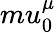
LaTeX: mu_{0}^{\mu}